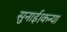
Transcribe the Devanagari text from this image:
सुनाई।कन्या